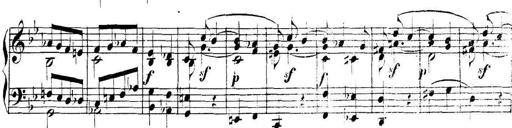
Title: Collected Piano Sonatas
Composer: Muzio Clementi